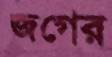
জগের